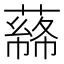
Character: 𦼡